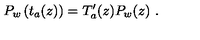
P _ { w } \left( t _ { a } ( z ) \right) = T _ { a } ^ { \prime } ( z ) P _ { w } ( z ) \ .